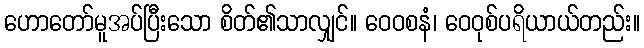
ဟောတော်မူအပ်ပြီးသော စိတ်၏သာလျှင်။ ဝေဝစနံ၊ ဝေဝုစ်ပရိယာယ်တည်း။